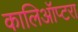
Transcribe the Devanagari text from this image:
कालिऑप्टरा